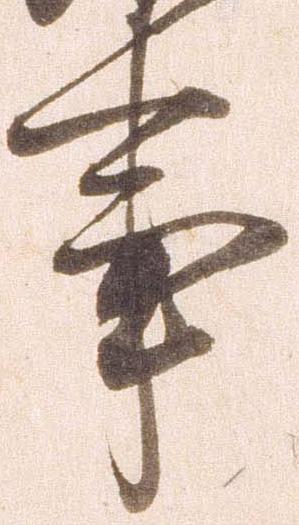
事